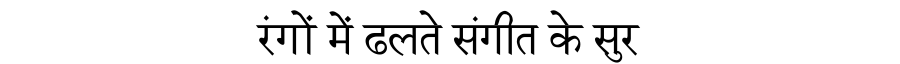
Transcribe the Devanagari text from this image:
रंगों में ढलते संगीत के सुर